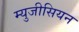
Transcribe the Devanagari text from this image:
म्युजीसियन